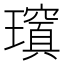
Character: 𱯺